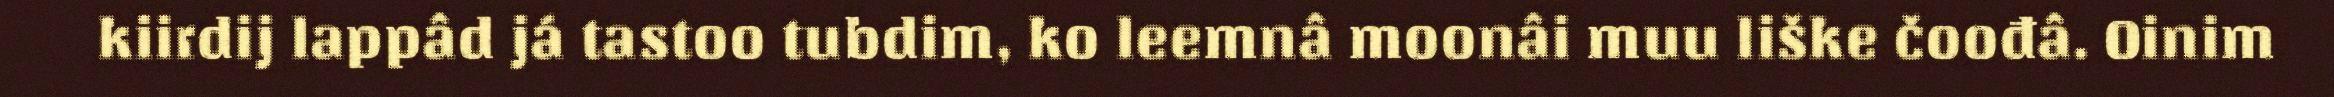
kiirdij lappâd já tastoo tubdim, ko leemnâ moonâi muu liške čoođâ. Oinim